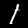
Label: 1